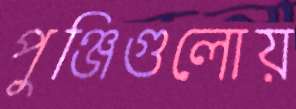
পুঞ্জিগুলোয়